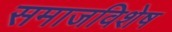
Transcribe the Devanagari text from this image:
समाजविशेष